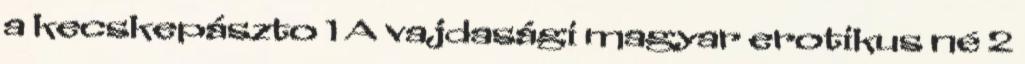
a kecskepászto 1 A vajdasági magyar erotikus né 2